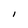
Character: I